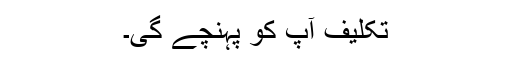
تکلیف آپ کو پہنچے گی۔